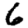
Digit: 6